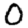
Digit: 0